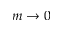
m \rightarrow 0